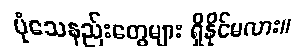
ပုံသေနည်းတွေများ ရှိနိုင်မလား။